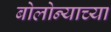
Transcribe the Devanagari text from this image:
बोलोन्याच्या